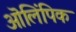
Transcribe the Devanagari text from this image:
ऒलिंपिक